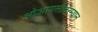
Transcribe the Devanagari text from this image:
ओआयसीदरम्यान